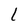
Character: l